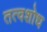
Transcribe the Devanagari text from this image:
तत्वशोध